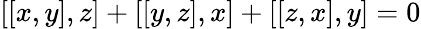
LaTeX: [[x,y],z]+[[y,z],x]+[[z,x],y]=0